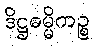
ဒိဋ္ဌဓမ္မိကဉ္စ